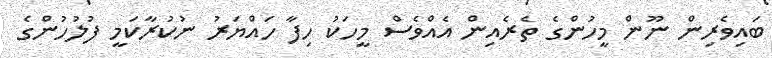
ބައިވެރިން ނޫން މީހުންގެ ތެރެއިން އެއްވެސް މީހަކު ހިފާ ހައްޔަރު ނުކުރާކަމީ ފުލުހުންގެ